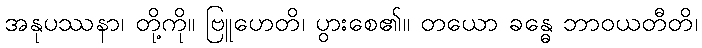
အနုပဿနာ၊ တို့ကို။ ဗြူဟေတိ၊ ပွားစေ၏။ တယော ခန္ဓေ ဘာဝယတီတိ၊